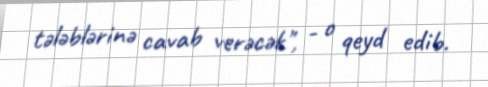
tələblərinə cavab verəcək", - o qeyd edib.